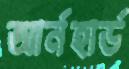
আর্নহার্ড